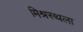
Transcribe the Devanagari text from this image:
मिश्रस्थला